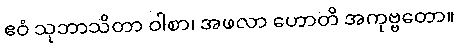
ဧဝံ သုဘာသိတာ ဝါစာ၊ အဖလာ ဟောတိ အကုဗ္ဗတော။